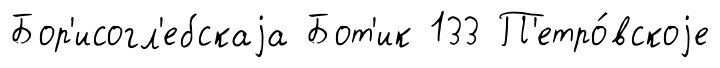
Бор'исогл'ебскаjа Бот'ик 133 П'етро́вскоjе